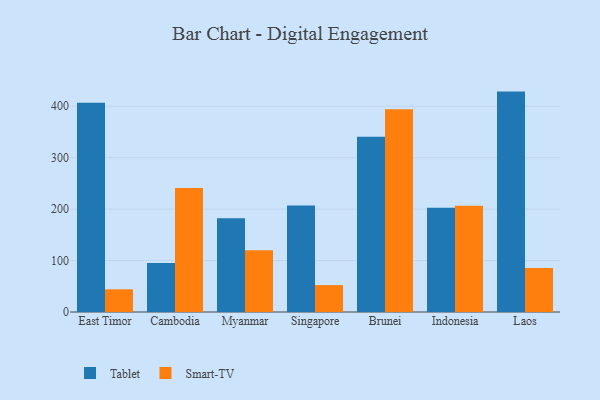
{"axis": {"x": "Country", "y": "Conversion Rate (%)"}, "legend": ["Smart-TV", "Tablet"], "data": [{"x": "East Timor", "y": 406.7, "type": "Tablet"}, {"x": "East Timor", "y": 44.1, "type": "Smart-TV"}, {"x": "Cambodia", "y": 95.2, "type": "Tablet"}, {"x": "Cambodia", "y": 241.1, "type": "Smart-TV"}, {"x": "Myanmar", "y": 182.1, "type": "Tablet"}, {"x": "Myanmar", "y": 119.9, "type": "Smart-TV"}, {"x": "Singapore", "y": 206.8, "type": "Tablet"}, {"x": "Singapore", "y": 52.3, "type": "Smart-TV"}, {"x": "Brunei", "y": 340.7, "type": "Tablet"}, {"x": "Brunei", "y": 394.3, "type": "Smart-TV"}, {"x": "Indonesia", "y": 202.7, "type": "Tablet"}, {"x": "Indonesia", "y": 206.6, "type": "Smart-TV"}, {"x": "Laos", "y": 428.4, "type": "Tablet"}, {"x": "Laos", "y": 85.4, "type": "Smart-TV"}]}